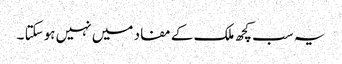
یہ سب کچھ ملک کے مفاد میں نہیں ہوسکتا ۔